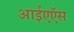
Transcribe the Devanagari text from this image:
आईएऍस